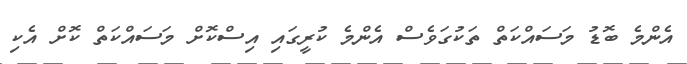
އެންމެ ބޮޑު މަސައްކަތް ތަކުގަވެސް އެންމެ ކުރީގައި އިސްކޮށް މަސައްކަތް ކޮށް އެކި